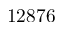
1 2 8 7 6